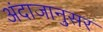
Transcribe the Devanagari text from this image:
अंदाजानुसर